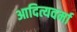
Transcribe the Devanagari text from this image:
आदित्यवर्मा